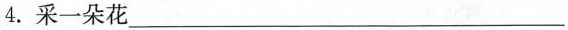
4. 采一朵花___